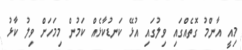
މިއީ އާންމު ގޮތެއްގައި ވިލުގައި އުޅޭ ކަނޑުކާޅެއް ކަމުން މިމަހަށް ވިލު ކާޅު